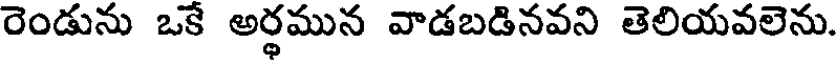
రెండును ఒకే అర్థమున వాడబడినవని తెలియవలెను.